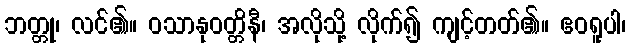
ဘတ္တု၊ လင်၏။ ဝသာနုဝတ္တိနီ၊ အလိုသို့ လိုက်၍ ကျင့်တတ်၏။ ဧဝရူပါ၊